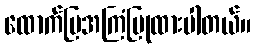
ထောက်ပြအကြံပြုထားပါတယ်။